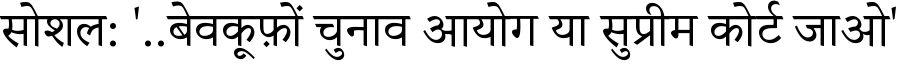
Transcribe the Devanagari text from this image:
सोशल: '..बेवकूफ़ों चुनाव आयोग या सुप्रीम कोर्ट जाओ'